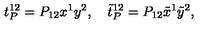
t _ { P } ^ { 1 2 } = P _ { 1 2 } x ^ { 1 } y ^ { 2 } , \quad \tilde { t } _ { P } ^ { 1 2 } = P _ { 1 2 } \tilde { x } ^ { 1 } \tilde { y } ^ { 2 } ,